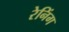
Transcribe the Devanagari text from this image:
रेनिंग